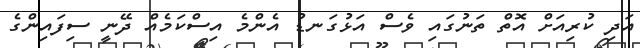
އަދި ކުރިއަށް އޮތް ތަނުގައި ވެސް އަޅުގަނޑު އެންމެ އިސްކަމެއް ދޭނީ ސިފައިންގެ